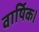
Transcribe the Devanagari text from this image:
वार्षिक।